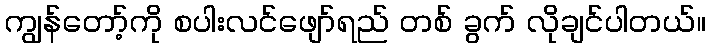
ကျွန်တော့်ကို စပါးလင်ဖျော်ရည် တစ် ခွက် လိုချင်ပါတယ်။